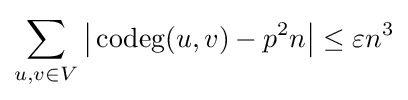
\sum _{u,v\in V}{\big |}\operatorname {codeg} (u,v)-p^{2}n{\big |}\leq \varepsilon n^{3}